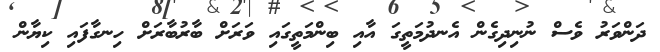
ދަންވަރު ވެސް ނުނިދިގެން އެނދުމަތީގަ އާއި ބިންމަތީގައި ވަރަށް ބާރުބާރަށް ހިނގާފައި ކިޔާން